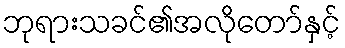
ဘုရားသခင်၏အလိုတော်နှင့်